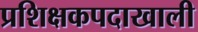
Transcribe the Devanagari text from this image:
प्रशिक्षकपदाखाली